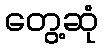
တွေ့ဆုံ